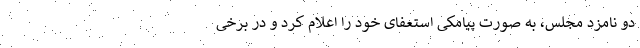
دو نامزد مجلس، به صورت پیامکی استعفای خود را اعلام کرد و در برخی